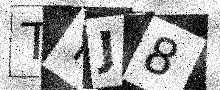
Text: TYJ8